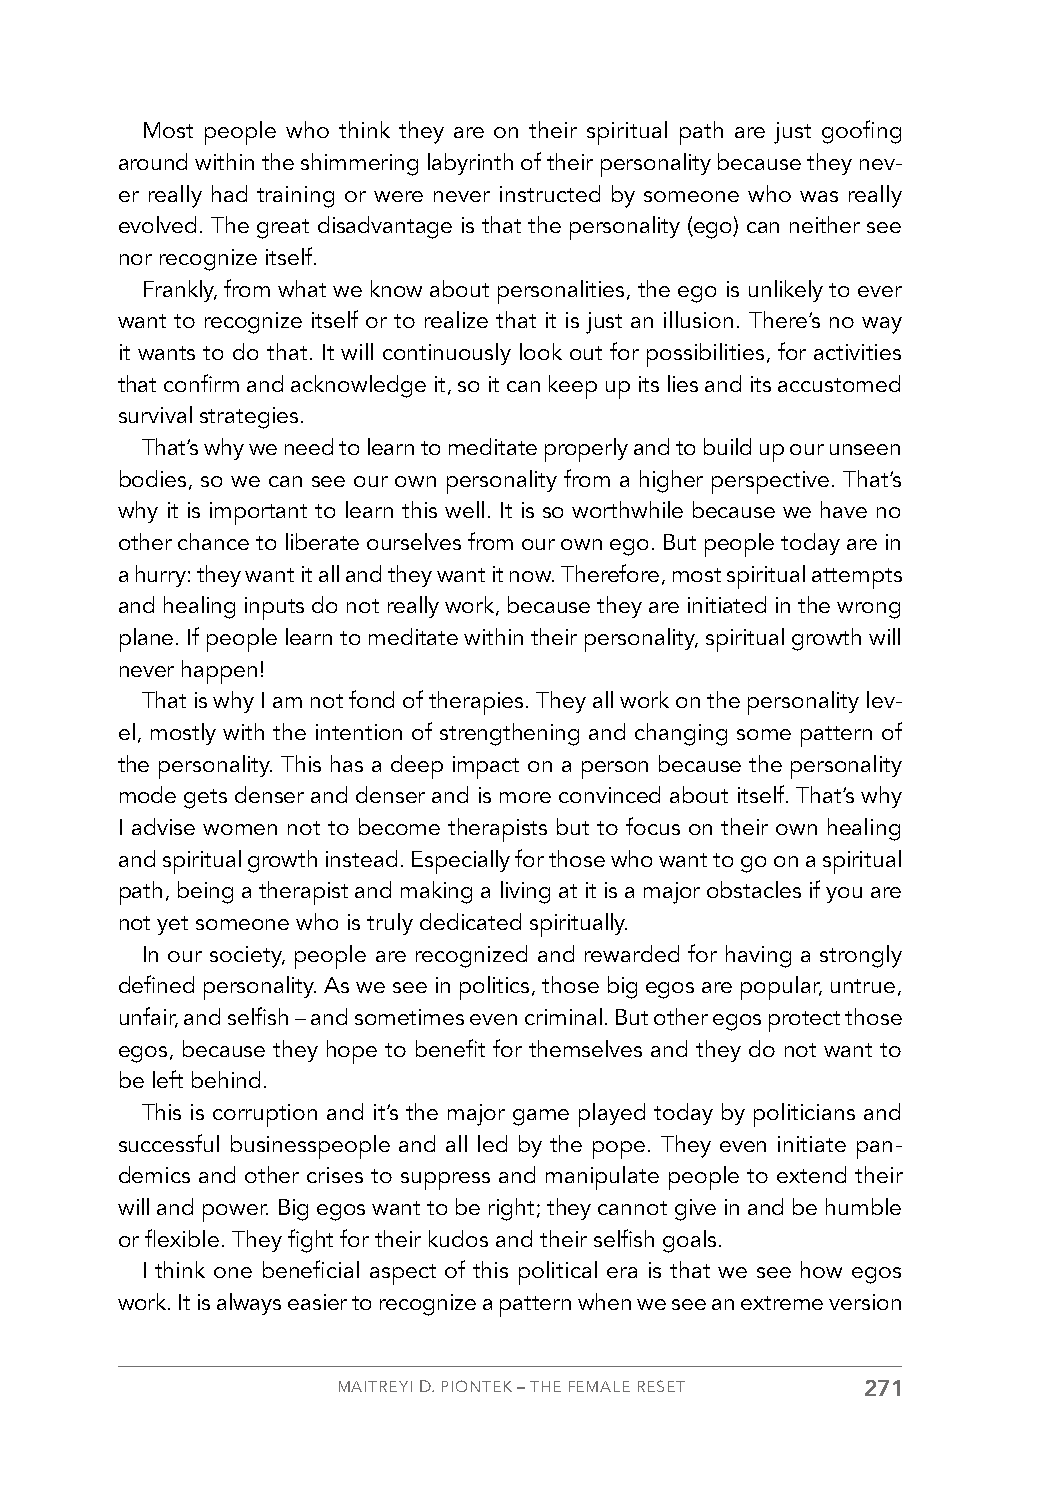
Most people who think they are on their spiritual path are just goofing
 around within the shimmering labyrinth of their personality because they nev-
 er really had training or were never instructed by someone who was really
 evolved. The great disadvantage is that the personality (ego) can neither see
 nor recognize itself.
 Frankly, from what we know about personalities, the ego is unlikely to ever
 want to recognize itself or to realize that it is just an illusion. There’s no way
 it wants to do that. It will continuously look out for possibilities, for activities
 that confirm and acknowledge it, so it can keep up its lies and its accustomed
 survival strategies.
 That’s why we need to learn to meditate properly and to build up our unseen
 bodies, so we can see our own personality from a higher perspective. That’s
 why it is important to learn this well. It is so worthwhile because we have no
 other chance to liberate ourselves from our own ego. But people today are in
 a hurry: they want it all and they want it now. Therefore, most spiritual attempts
 and healing inputs do not really work, because they are initiated in the wrong
 plane. If people learn to meditate within their personality, spiritual growth will
 never happen!
 That is why I am not fond of therapies. They all work on the personality lev-
 el, mostly with the intention of strengthening and changing some pattern of
 the personality. This has a deep impact on a person because the personality
 mode gets denser and denser and is more convinced about itself. That’s why
 I advise women not to become therapists but to focus on their own healing
 and spiritual growth instead. Especially for those who want to go on a spiritual
 path, being a therapist and making a living at it is a major obstacles if you are
 not yet someone who is truly dedicated spiritually.
 In our society, people are recognized and rewarded for having a strongly
 defined personality. As we see in politics, those big egos are popular, untrue,
 unfair, and selfish – and sometimes even criminal. But other egos protect those
 egos, because they hope to benefit for themselves and they do not want to
 be left behind.
 This is corruption and it’s the major game played today by politicians and
 successful businesspeople and all led by the pope. They even initiate pan-
 demics and other crises to suppress and manipulate people to extend their
 will and power. Big egos want to be right; they cannot give in and be humble
 or flexible. They fight for their kudos and their selfish goals.
 I think one beneficial aspect of this political era is that we see how egos
 work. It is always easier to recognize a pattern when we see an extreme version
 MAITREYI D. PIONTEK – THE FEMALE RESET 271